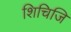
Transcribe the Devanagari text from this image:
शिचिजि